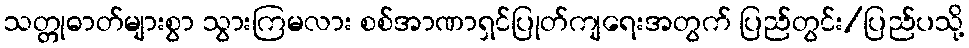
သတ္တုဓာတ်များစွာ သွားကြမလား စစ်အာဏာရှင်ပြုတ်ကျရေးအတွက် ပြည်တွင်း/ပြည်ပသို့